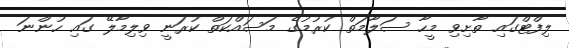
ލިފްޓްގައި ތާށިވި މީހާ ސަލާމަތް ކުރުމުގެ މަސައްކަތް ކުރަނީ ވިލިމާލޭ ގައި ހުންނަ